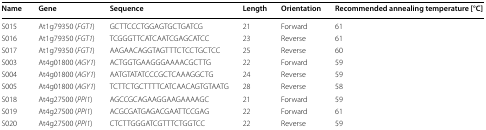
<table><thead><tr><td><b>Name</b></td><td><b>Gene</b></td><td><b>Sequence</b></td><td><b>Length</b></td><td><b>Orientation</b></td><td><b>Recommended annealing temperature [°C]</b></td></tr></thead><tbody><tr><td>S015</td><td>At1g79350 (<i>FGT1</i>)</td><td>GCTTCCCTGGAGTGCTGATCG</td><td>21</td><td>Forward</td><td>61</td></tr><tr><td>S016</td><td>At1g79350 (<i>FGT1</i>)</td><td>TCGGGTTCATCAATCGAGCATCC</td><td>23</td><td>Reverse</td><td>61</td></tr><tr><td>S017</td><td>At1g79350 (<i>FGT1</i>)</td><td>AAGAACAGGTAGTTTCTCCTGCTCC</td><td>25</td><td>Reverse</td><td>60</td></tr><tr><td>S003</td><td>At4g01800 (<i>AGY1</i>)</td><td>ACTGGTGAAGGGAAAACGCTTG</td><td>22</td><td>Forward</td><td>59</td></tr><tr><td>S004</td><td>At4g01800 (<i>AGY1</i>)</td><td>AATGTATATCCCGCTCAAAGGCTG</td><td>24</td><td>Reverse</td><td>59</td></tr><tr><td>S005</td><td>At4g01800 (<i>AGY1</i>)</td><td>TCTTCTGCTTTTCATCAACAGTGTAATG</td><td>28</td><td>Reverse</td><td>58</td></tr><tr><td>S018</td><td>At4g27500 (<i>PPI1</i>)</td><td>AGCCGCAGAAGGAAGAAAAGC</td><td>21</td><td>Forward</td><td>59</td></tr><tr><td>S019</td><td>At4g27500 (<i>PPI1</i>)</td><td>ACGCGATGAGACGAATTCCGAG</td><td>22</td><td>Forward</td><td>61</td></tr><tr><td>S020</td><td>At4g27500 (<i>PPI1</i>)</td><td>CTCTTGGGATCGTTTCTGGTCC</td><td>22</td><td>Reverse</td><td>59</td></tr></tbody></table>